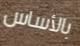
بالأساس